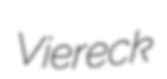
Viereck